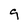
Character: 9